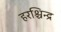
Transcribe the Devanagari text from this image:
हरश्चिन्द्र